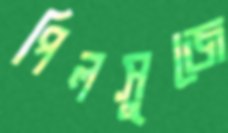
পিলসুজে